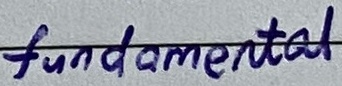
Text: fundamental